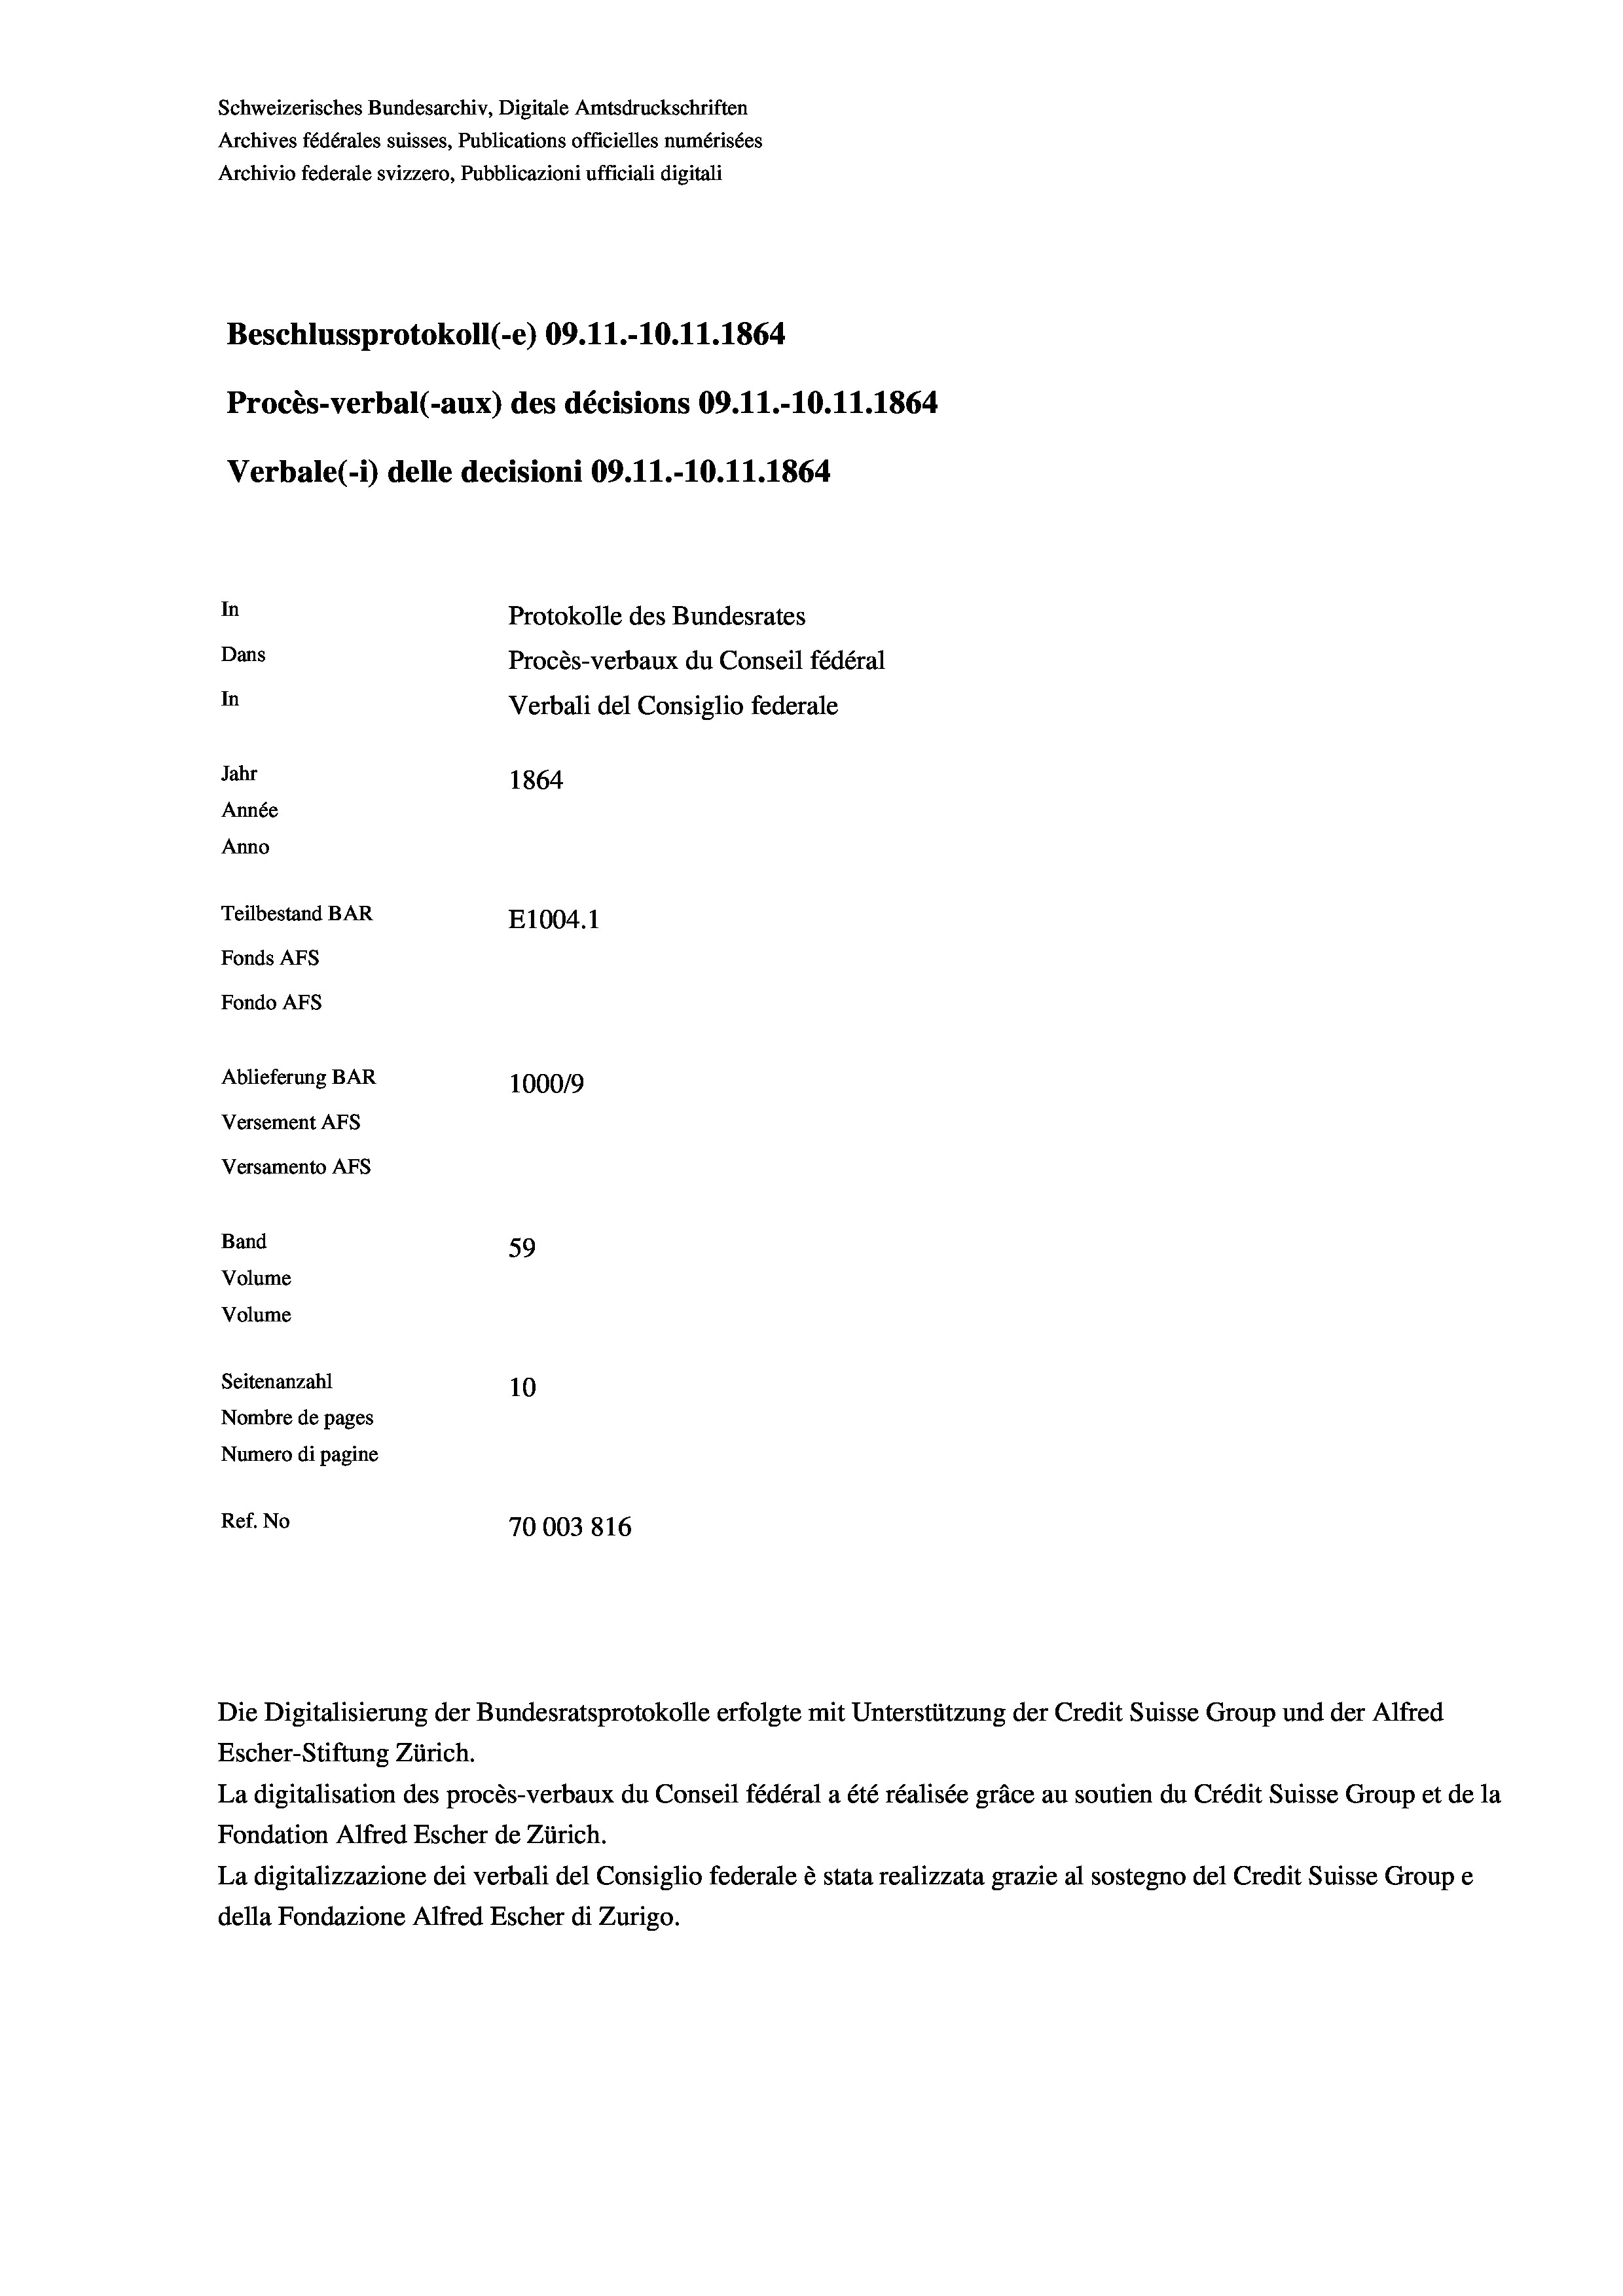
Schweizerisches Bundesarchiv, Digitale Amtsdruckschriften
Archives fédérales suisses, Publications officielles numérisées
Archivio federale svizzero, Pubblicazioni ufficiali digitali
Beschlussprotokoll (-e) 09.11.-10.11.1864
Procès-verbal (-aux) des décisions 09.11.-10.11.1864
Verbale(-*) delle decisioni 09.11.-10.11.1864
In
Protokolle des Bundesrates
Dans
Procès-verbaux du Conseil fédéral
In
Verbali del Consiglio federale
Jahr
1864
Année
Anno
Teilbestand BAR
E1004.1
Fonds AFs
Fondo AFS
Ablieferung BAR
100019
Versement AFs
Versamento AFs
Band
59
Volume

Volume
Seitenanzahl
10
Nombre de pages
Numero di pagine
Ref. No
70003816

Escher-Stiftung Zürich.
La digitalisation des procès-verbaux du Conseil fédéral a été réalisée gräce au soutien du Crédit Suisse Group et de la
Fondation Alfred Escher de Zürich.
La digitalizzazione dei verbali del Consiglio federale è stata realizzata grazie al sostegno del Credit Suisse Groupe
della Fondazione Alfred Escher di Zurigo.

Die Digitalisierung der Bundesratsprotokolle erfolgte mit Unterstützung der Credit Suisse Group und der Alfred